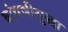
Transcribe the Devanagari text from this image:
बांधणीसुद्धा